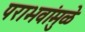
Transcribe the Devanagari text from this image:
पराभवांमुळे